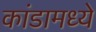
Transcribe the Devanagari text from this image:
कांडामध्ये